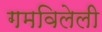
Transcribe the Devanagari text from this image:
गमविलेली